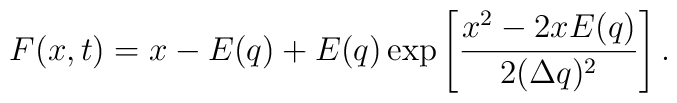
F(x,t) = x - E(q) + E(q)\exp{\left[ \frac{x^{2} -2xE(q)}{2(\Delta q)^{2}}\right]}\, .